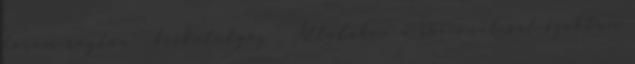
három rögtön ” beskatulyáz ” Általában a racionálisat szoktam